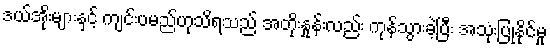
ဒယ်အိုးများနှင့် ကျင်းပမည်ဟုသိရသည် အတိုးနှုန်းလည်း ကုန်သွားခဲ့ပြီး အသုံးပြုနိုင်မှု